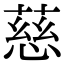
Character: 慈